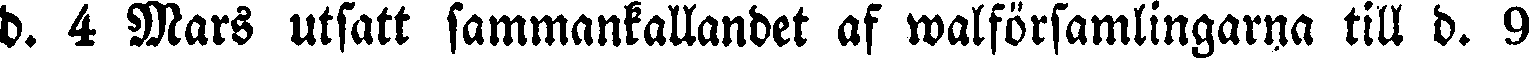
d. 4 Mars utsatt sammankallandet af walförsamlingarna till d. 9